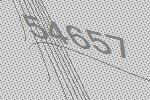
54657